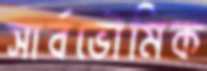
সার্বভৌমিক